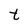
Character: t